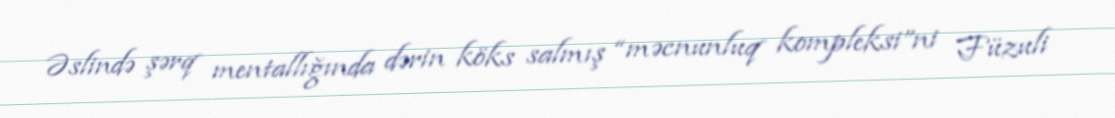
Əslində şərq mentallığında dərin köks salmış “məcnunluq kompleksi”ni Füzuli